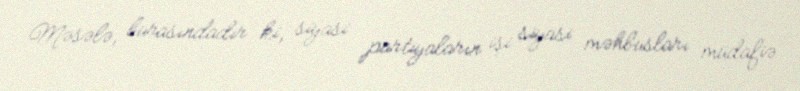
Məsələ, burasındadır ki, siyasi partiyaların işi siyasi məhbusları müdafiə